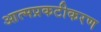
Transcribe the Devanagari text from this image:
आत्मप्रकटीकरण